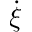
\dot { \xi }